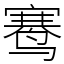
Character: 𬸣